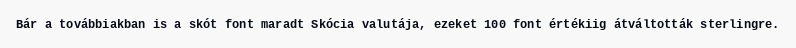
Bár a továbbiakban is a skót font maradt Skócia valutája, ezeket 100 font értékiig átváltották sterlingre.